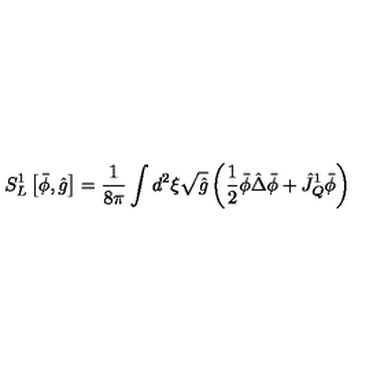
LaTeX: { S _ { L } ^ { 1 } } \left[ \bar { \phi } , \hat { g } \right] = { \frac { 1 } { 8 \pi } } \int { d ^ { 2 } } \xi \sqrt { \hat { g } } \left( { \frac { 1 } { 2 } } \bar { \phi } \hat { \Delta } \bar { \phi } + { \hat { J } _ { Q } ^ { 1 } } \bar { \phi } \right)